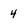
Character: 4